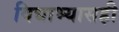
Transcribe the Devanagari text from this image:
विद्याभ्यासही